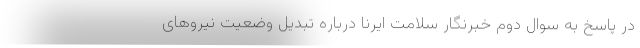
در پاسخ به سوال دوم خبرنگار سلامت ایرنا درباره تبدیل وضعیت نیروهای